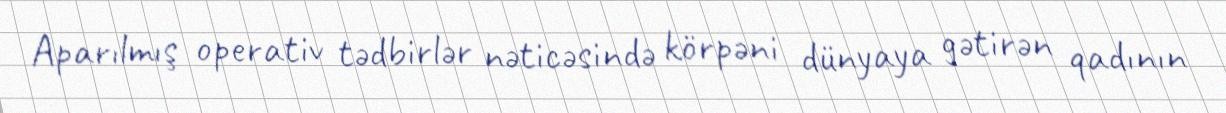
Aparılmış operativ tədbirlər nəticəsində körpəni dünyaya gətirən qadının